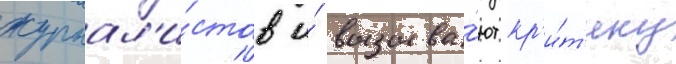
журнал'и́стов и́ вызыва́ют кр'и́т'ику